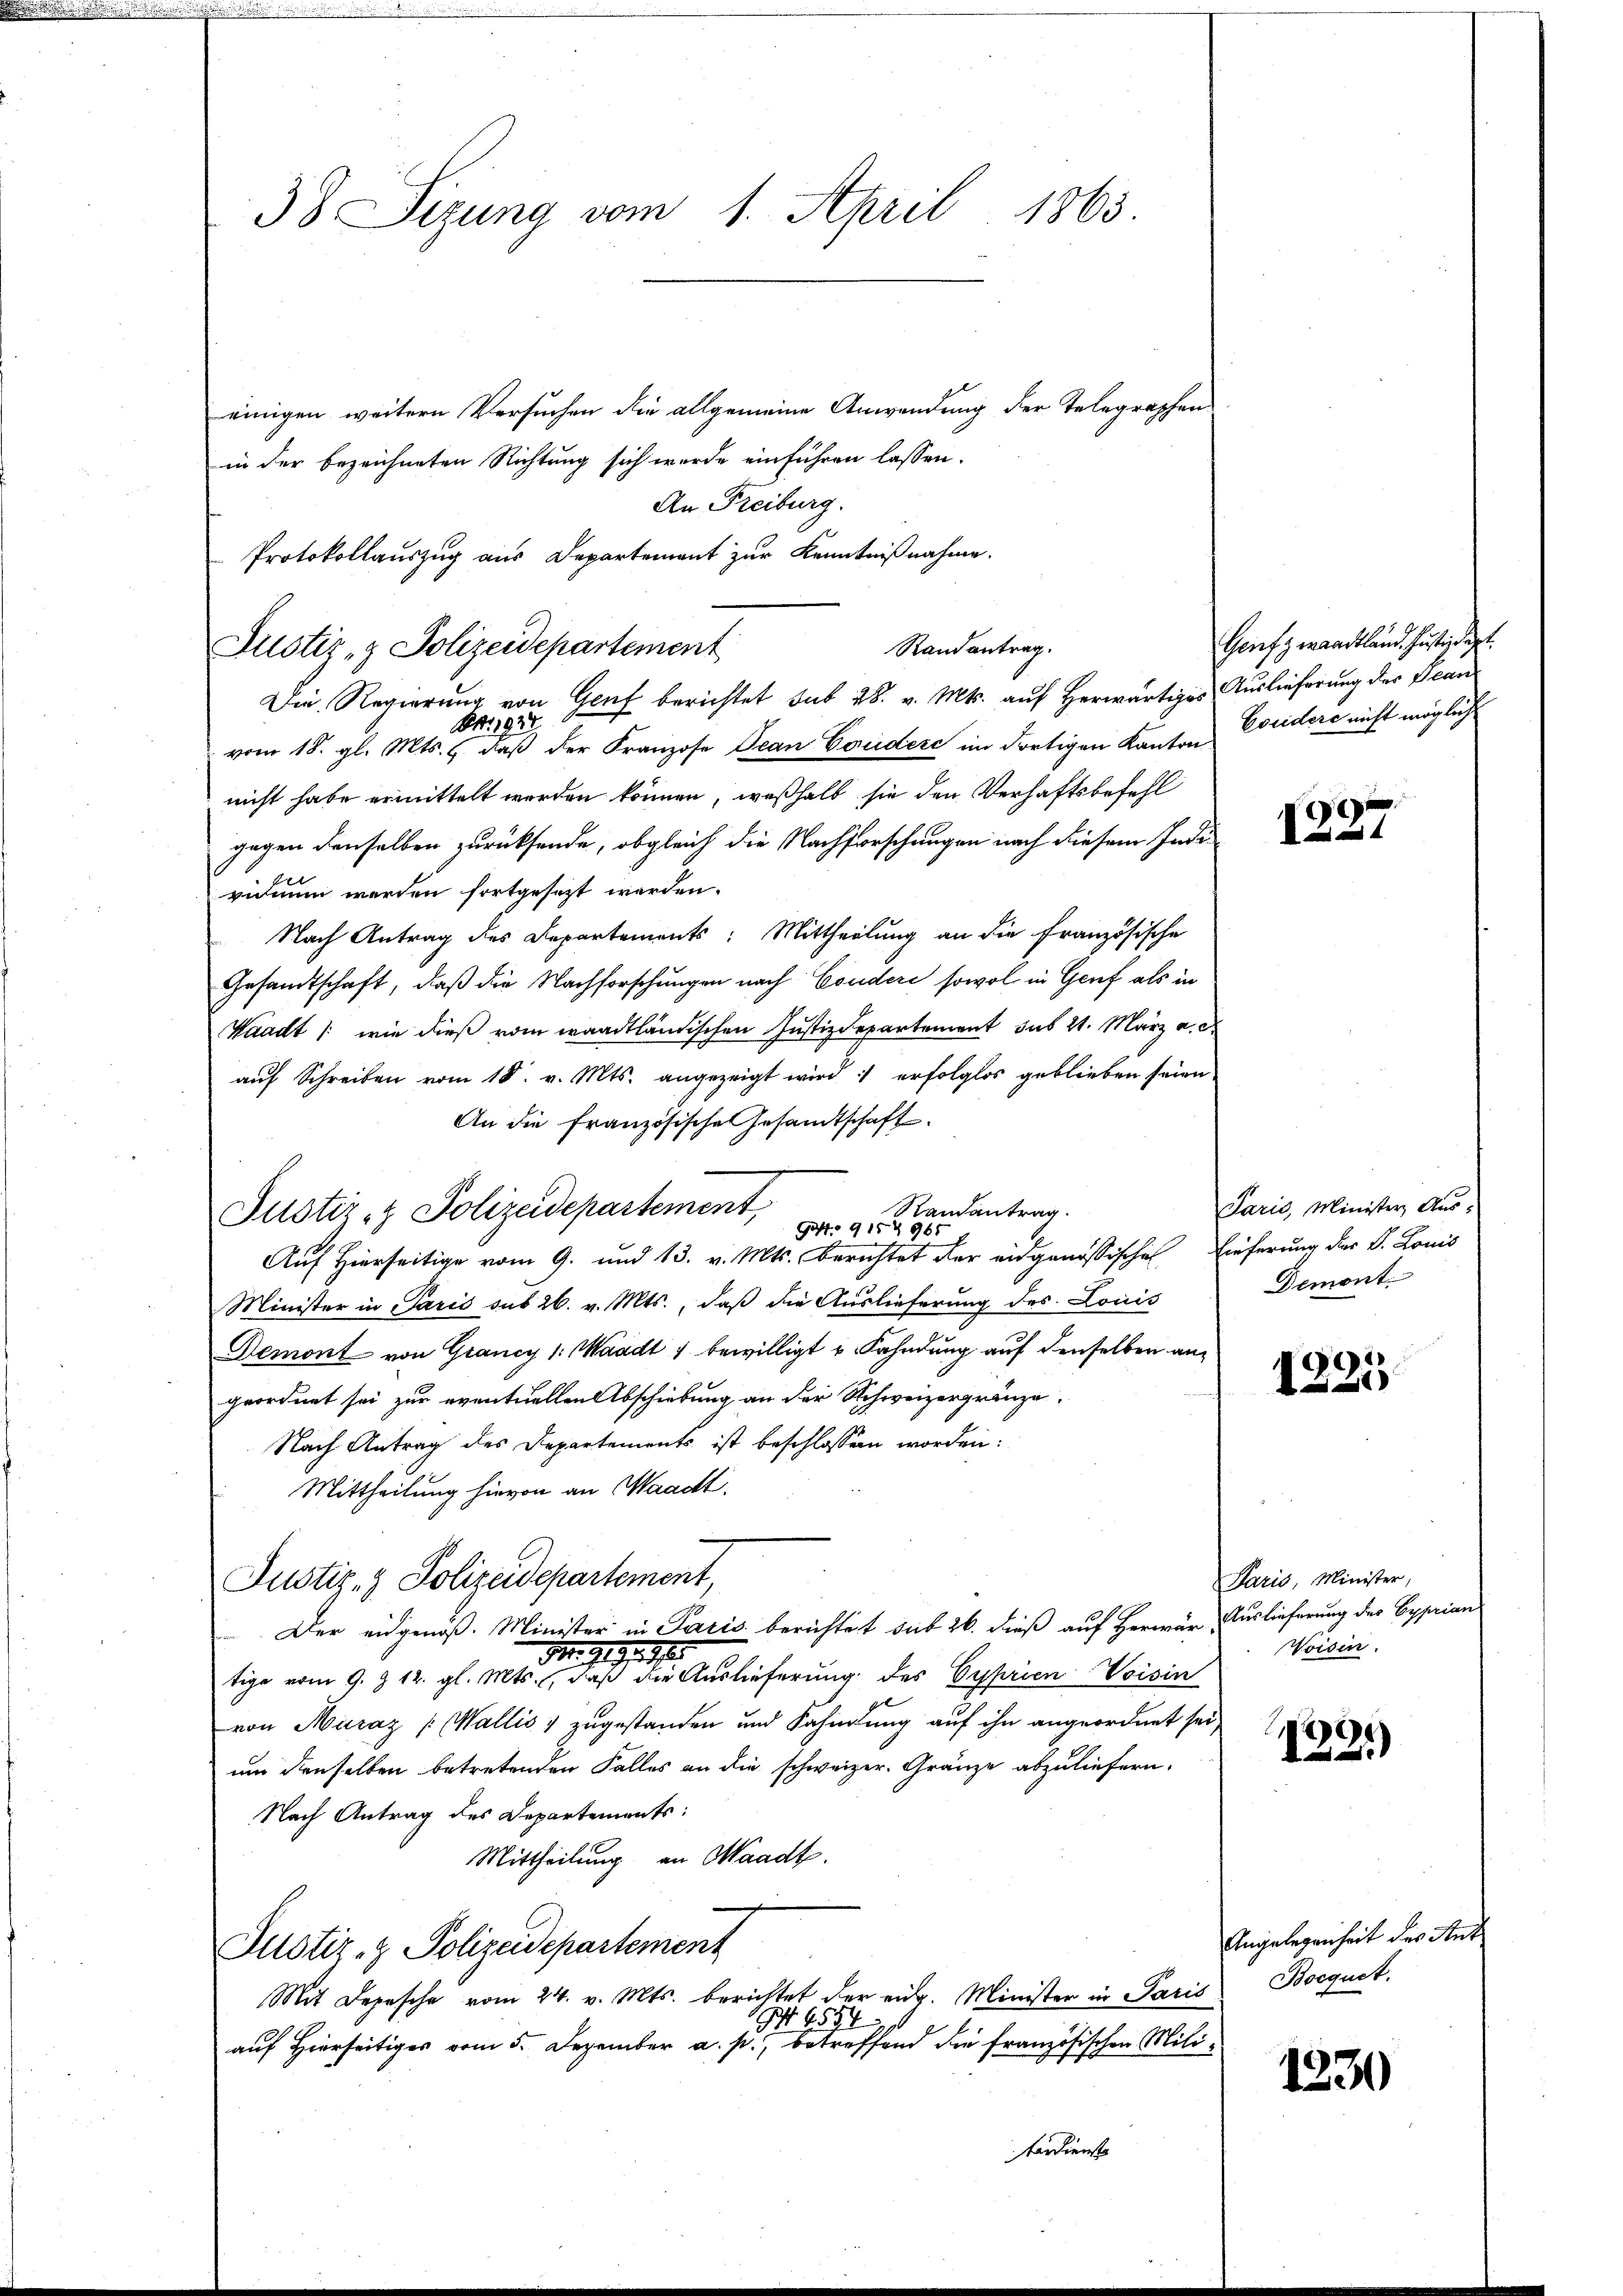
38 Sizung vom 1. April 1863.

einigen weitern Versuchen die allgemeine Anwendung der Telegraphen
in der bezeichneten Richtung sich wurde einführen lassen.
An Freiburg.
Die Regierung von Genf berichtet sub 28. v. Mts. auf Herwärtiges Auslieferung der Bean
O. 1927
vom 18. gl. Mts. daß der Franzose Jean Condere im dortigen Kanton
nicht habe ermittelt worden können, weßhalb sie den Verhaftsbefehl
gegen denselben zurücksende, obgleich die Nachforschungen nach diesem Indi
vidium werden fortgesezt werden.
Nach Antrag des Departements: Mittheilung an die Französische
Gesandtschaft, daß die Nachforschungen nach Condere sowol in Genf als in
Waadt /: wie dieß vom waadtländischen Justizdepartement sub 21. März a. d
aŭf Schreiben vom 18. v. Mts. angezeigt wird : erfolglos geblieben seien
An die französische Gesamtschaft.
Randantrag.
Goff. 9 15 & 965 f
Auf Hierseitige vom 9. und 13. v. Mts. Berichtet der eidgenössischen Einferung der S. Louis
Minister in Paris sub 26. v. Mts., daß die Auslieferung des Louis
Demont von Grancy 1: Waadt 1 bewilligt u. Fahndung auf denselben angeordnet sei zur eventuellen Abschiebung an der Schweizergränze.
Nach Antrag des Departements ist beschlossen worden:
Mittheilung hievon an Waadt.
Justiz- & Polizeidepartement,
Der eidgenöß. Minister in Paris berichtet sub 26. dieß auf Herwär, Auslieferung der Cyprian
M. 119. 118.
tige vom 9. § 12. gl. Mts., daß die Auslieferung des Cyprien Voisin
von Muraz (Wallis & zugestanden und Fahndung auf ihn angeordnet sei,
um denselben betretenden Falles an die schweizer. Gränze abzuliefern.
Nach Antrag des Departements:
Mittheilung an Waadt.
Justiz- & Polizeidepartement
Mit Depesche vom 24. v. Mts. berichtet der eidg. Minister in Paris Bocquct.
I 1554.
auf Hierseitiger vom 5. Dezember a. p., betreffend die französischen Milifärdienst

Protokollauszug aus Departement zur Kenntnißnahme.
Justiz- & Polizeidepartement

Justiz- & Polizeidepartement,

Randantrag.

Geufz waadtländ. Justizdept.
Eouidere nicht mögliche

Paris, Minister Aus¬
Demont.

9
2

1225

Paris, Minister,
Voisen.

2
 2

Angelegenheit des Ant

1330